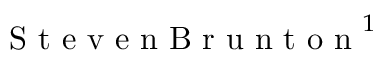
\mathrm { ~ S ~ t ~ e ~ v ~ e ~ n ~ B ~ r ~ u ~ n ~ t ~ o ~ n ~ } ^ { 1 }